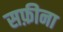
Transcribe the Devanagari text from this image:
सफ़ीना